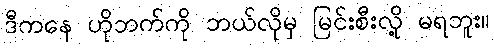
ဒီကနေ ဟိုဘက်ကို ဘယ်လိုမှ မြင်းစီးလို့ မရဘူး။